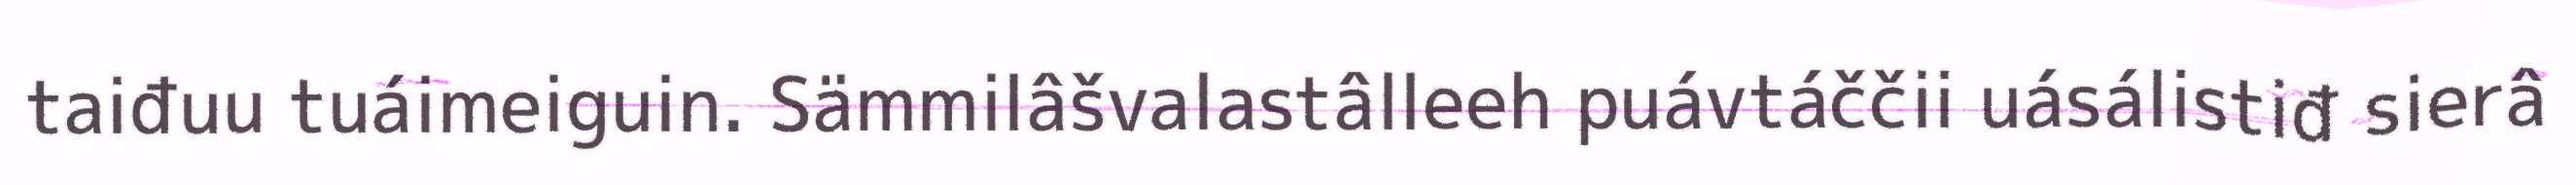
taiđuu tuáimeiguin. Sämmilâšvalastâlleeh puávtáččii uásálistiđ sierâ